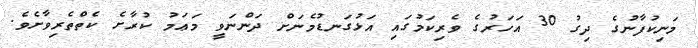
މަނިކުފާނުގެ ދިގު 30 އަހަރުގެ ވެރިކަމުގައި އަޅުގަނޑުމެނަށް ދަންނަވީ މަޢަމު ކުރާށެ ކެތްތެރިވާށެވެ.